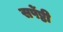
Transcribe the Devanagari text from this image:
सर्पेष्ठी